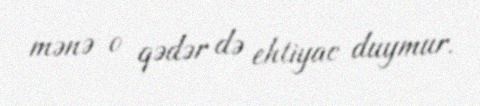
mənə o qədər də ehtiyac duymur.